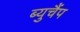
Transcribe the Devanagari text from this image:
ब्युचैंप